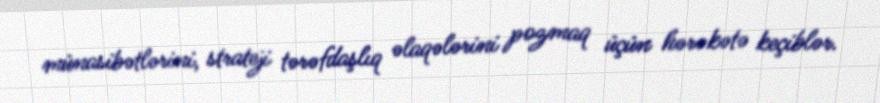
münasibətlərini, strateji tərəfdaşlıq əlaqələrini pozmaq üçün hərəkətə keçiblər.